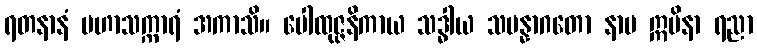
ရတနာနံ မဟာသက္ကာရံ အကာသိ။ ပေါထုဇ္ဇနိကာယ သဒ္ဓါယ သမန္နာဂတော နာမ ဣမိနာ ရညာ